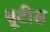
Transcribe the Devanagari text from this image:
बूटीस